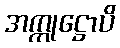
အက္ကုဋ္ဌောပိ